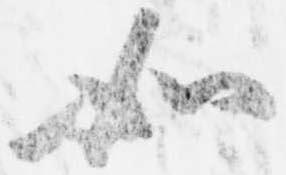
如